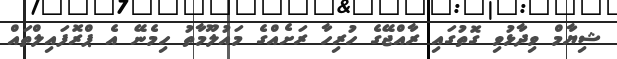
ޝިޔާމް ވިދާޅުވި ގޮތުގައި ރާއްޖޭގެ ހުރިހާ ރަށެއްގެ މައުލޫމާތު ހިމެނޭ އެ ޕްރޮފައިލްތައް